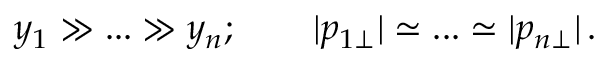
y _ { 1 } \gg . . . \gg y _ { n } ; \qquad | p _ { 1 \perp } | \simeq . . . \simeq | p _ { n \perp } | \, . \nonumber